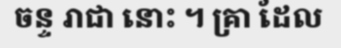
ចន្ទ រាជា នោះ ។ គ្រា ដែល